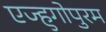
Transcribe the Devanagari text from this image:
एज्हुगोपुरम